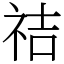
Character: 祮